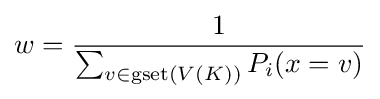
w={\frac {1}{\sum _{v\in \operatorname {gset} (V(K))}P_{i}(x=v)}}